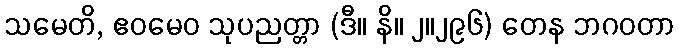
သမေတိ, ဧဝမေဝ သုပညတ္တာ (ဒီ။ နိ။ ၂။၂၉၆) တေန ဘဂဝတာ